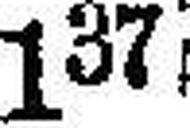
137